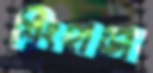
শিংহাডা